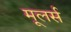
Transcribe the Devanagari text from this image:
मूलर्स